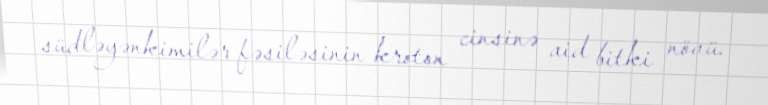
südləyənkimilər fəsiləsinin kroton cinsinə aid bitki növü.